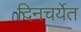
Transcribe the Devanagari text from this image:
दिनचर्येत